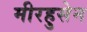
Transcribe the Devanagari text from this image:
मीरहुसेन